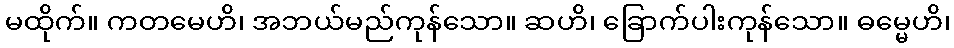
မထိုက်။ ကတမေဟိ၊ အဘယ်မည်ကုန်သော။ ဆဟိ၊ ခြောက်ပါးကုန်သော။ ဓမ္မေဟိ၊